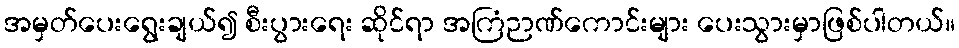
အမှတ်ပေးရွေးချယ်၍ စီးပွားရေး ဆိုင်ရာ အကြံဉာဏ်ကောင်းများ ပေးသွားမှာဖြစ်ပါတယ်။